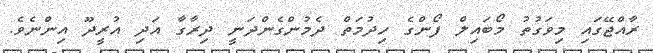
ރާއްޖޭގައި މިވަގުތު މޯބައިލް ފޯންގެ ހިދުމަތް ދެމުންގެންދަނީ ދިރާގާ އަދި އުރީދޫ އިންނެވެ.